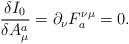
LaTeX: \begin{align*}\frac{\delta I_0}{\delta A^a_\mu} = \partial_\nu F_a^{\nu \mu}= 0.\end{align*}